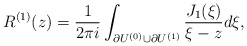
\begin{align*}R^{(1)}(z)=\frac{1}{2\pi i}\int_{\partial U^{(0)}\cup \partial U^{(1)}}\frac{J_1(\xi)}{\xi-z}d\xi,\end{align*}